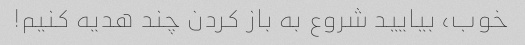
خوب، بیایید شروع به باز کردن چند هدیه کنیم!